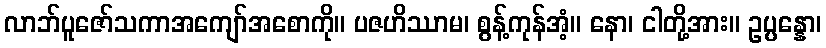
လာဘ်ပူဇော်သကာအကျော်အစောကို။ ပဇဟိဿာမ၊ စွန့်ကုန်အံ့။ နော၊ ငါတို့အား။ ဥပ္ပန္နော၊